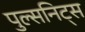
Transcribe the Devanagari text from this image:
पुल्सनिट्स